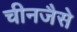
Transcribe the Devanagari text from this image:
चीनजैसे